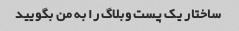
ساختار یک پست وبلاگ را به من بگویید